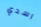
اسدي